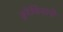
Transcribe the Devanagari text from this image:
इरेबियाचे